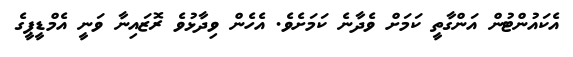
އެކައުންޓުން އަންގާތީ ކަމަށް ވެދާނެ ކަމަށެވެ. އެެހެން ވިދާޅުވެ ރޮޒައިނާ ވަނީ އެމްޑީޕީގެ